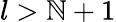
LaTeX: l>\mathbb{N}+1